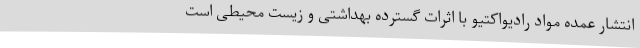
انتشار عمده مواد رادیواکتیو با اثرات گسترده بهداشتی و زیست محیطی است